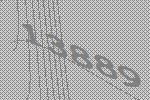
13889